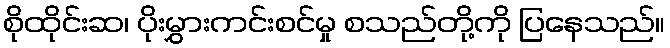
စိုထိုင်းဆ၊ ပိုးမွှားကင်းစင်မှု စသည်တို့ကို ပြနေသည်။